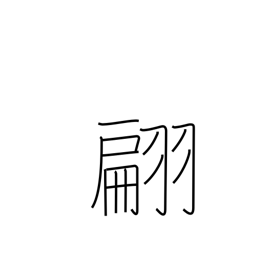
Meaning: fluttering of flag